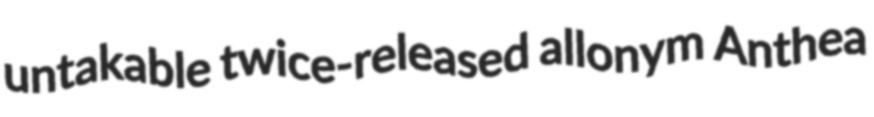
untakable twice-released allonym Anthea